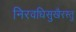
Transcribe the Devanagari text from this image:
निरवधिसुखैरस्तु